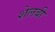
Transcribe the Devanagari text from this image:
शेलबी